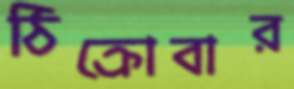
ঠিক্‌রোবার